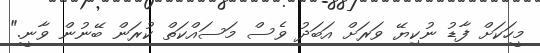
މީހަކަށް ފާޑު ނުކިޔޭ ވަރަށް އަބަދު ވެސް މަސައްކަތް ކުރަން ބޭނުން ވާނީ."